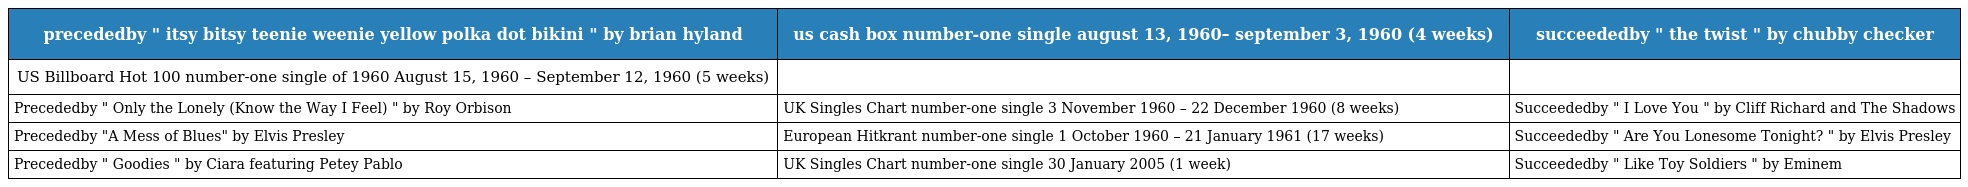
| precededby " itsy bitsy teenie weenie yellow polka dot bikini " by brian hyland | us cash box number-one single august 13, 1960– september 3, 1960 (4 weeks) | succeededby " the twist " by chubby checker |
 | --- | --- | --- |
 | US Billboard Hot 100 number-one single of 1960 August 15, 1960 – September 12, 1960 (5 weeks) |  |  |
 | Precededby " Only the Lonely (Know the Way I Feel) " by Roy Orbison | UK Singles Chart number-one single 3 November 1960 – 22 December 1960 (8 weeks) | Succeededby " I Love You " by Cliff Richard and The Shadows |
 | Precededby "A Mess of Blues" by Elvis Presley | European Hitkrant number-one single 1 October 1960 – 21 January 1961 (17 weeks) | Succeededby " Are You Lonesome Tonight? " by Elvis Presley |
 | Precededby " Goodies " by Ciara featuring Petey Pablo | UK Singles Chart number-one single 30 January 2005 (1 week) | Succeededby " Like Toy Soldiers " by Eminem |